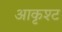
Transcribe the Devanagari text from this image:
आकृश्ट